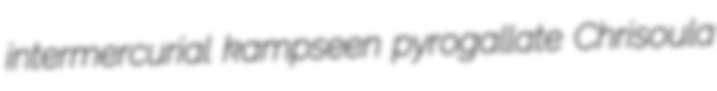
intermercurial kampseen pyrogallate Chrisoula